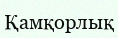
Қамқорлық